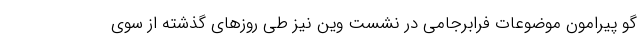
گو پیرامون موضوعات فرابرجامی در نشست وین نیز طی روزهای گذشته از سوی